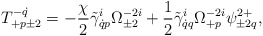
\begin{align*}T^{-\dot q}_{+p\pm2}=-\frac{\chi}{2}\tilde\gamma^i_{\dot qp}\Omega^{-2i}_{\pm2}+\frac12\tilde\gamma^i_{\dot qq}\Omega^{-2i}_{+p}\psi^{2+}_{\pm2q},\end{align*}